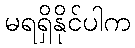
မရရှိနိုင်ပါက